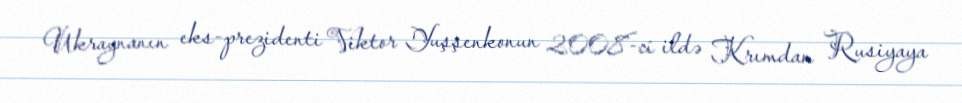
Ukraynanın eks-prezidenti Viktor Yuşşenkonun 2008-ci ildə Krımdan Rusiyaya